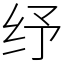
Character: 纾